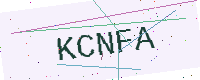
Text: KCNFA